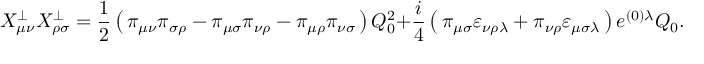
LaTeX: X _ { \mu \nu } ^ { \bot } X _ { \rho \sigma } ^ { \bot } = \frac { 1 } { 2 } \left( \, \pi _ { \mu \nu } \pi _ { \sigma \rho } - \pi _ { \mu \sigma } \pi _ { \nu \rho } - \pi _ { \mu \rho } \pi _ { \nu \sigma } \, \right) Q _ { 0 } ^ { 2 } + \frac { i } { 4 } \left( \, \pi _ { \mu \sigma } \varepsilon _ { \nu \rho \lambda } + \pi _ { \nu \rho } \varepsilon _ { \mu \sigma \lambda } \, \right) e ^ { ( 0 ) \lambda } Q _ { 0 } .